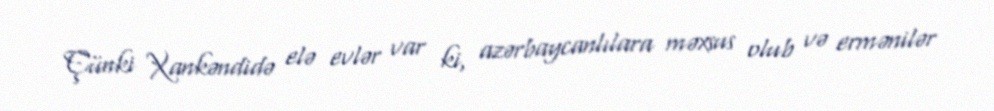
Çünki Xankəndidə elə evlər var ki, azərbaycanlılara məxsus olub və ermənilər